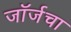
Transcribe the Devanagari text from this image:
जॉर्जचा